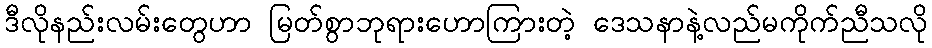
ဒီလိုနည်းလမ်းတွေဟာ မြတ်စွာဘုရားဟောကြားတဲ့ ဒေသနာနဲ့လည်မကိုက်ညီသလို